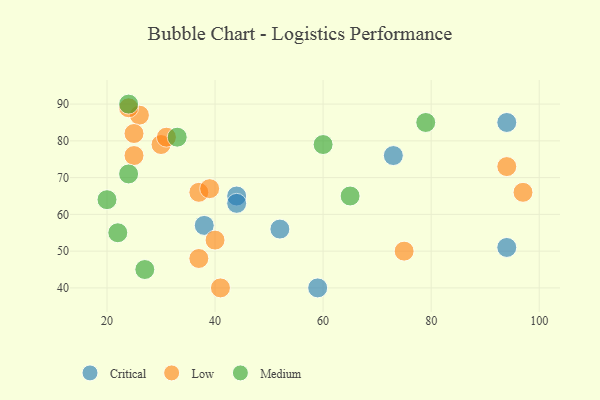
{"axis": {"x": "GDP", "y": "Life Expectancy"}, "legend": ["Critical", "Low", "Medium"], "data": [{"x": "44", "y": 65, "type": "Critical"}, {"x": "73", "y": 76, "type": "Critical"}, {"x": "52", "y": 56, "type": "Critical"}, {"x": "94", "y": 51, "type": "Critical"}, {"x": "59", "y": 40, "type": "Critical"}, {"x": "44", "y": 63, "type": "Critical"}, {"x": "38", "y": 57, "type": "Critical"}, {"x": "94", "y": 85, "type": "Critical"}, {"x": "75", "y": 50, "type": "Low"}, {"x": "26", "y": 87, "type": "Low"}, {"x": "97", "y": 66, "type": "Low"}, {"x": "94", "y": 73, "type": "Low"}, {"x": "25", "y": 76, "type": "Low"}, {"x": "25", "y": 82, "type": "Low"}, {"x": "37", "y": 48, "type": "Low"}, {"x": "40", "y": 53, "type": "Low"}, {"x": "41", "y": 40, "type": "Low"}, {"x": "30", "y": 79, "type": "Low"}, {"x": "31", "y": 81, "type": "Low"}, {"x": "37", "y": 66, "type": "Low"}, {"x": "24", "y": 89, "type": "Low"}, {"x": "39", "y": 67, "type": "Low"}, {"x": "24", "y": 90, "type": "Medium"}, {"x": "60", "y": 79, "type": "Medium"}, {"x": "24", "y": 71, "type": "Medium"}, {"x": "33", "y": 81, "type": "Medium"}, {"x": "79", "y": 85, "type": "Medium"}, {"x": "20", "y": 64, "type": "Medium"}, {"x": "27", "y": 45, "type": "Medium"}, {"x": "22", "y": 55, "type": "Medium"}, {"x": "65", "y": 65, "type": "Medium"}]}